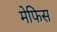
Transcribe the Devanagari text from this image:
मेफिस